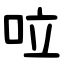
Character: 㕸